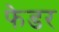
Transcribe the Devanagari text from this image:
फेडर